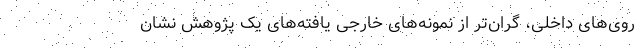
روی‌های داخلی، گران‌تر از نمونه‌های خارجی یافته‌های یک پژوهش نشان